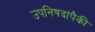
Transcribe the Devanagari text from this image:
उपनिषदांपैकी